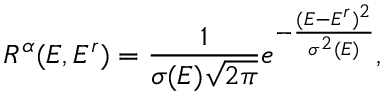
R ^ { \alpha } ( E , E ^ { r } ) = \frac { 1 } { \sigma ( E ) \sqrt { 2 \pi } } e ^ { - \frac { ( E - E ^ { r } ) ^ { 2 } } { \sigma ^ { 2 } ( E ) } } ,